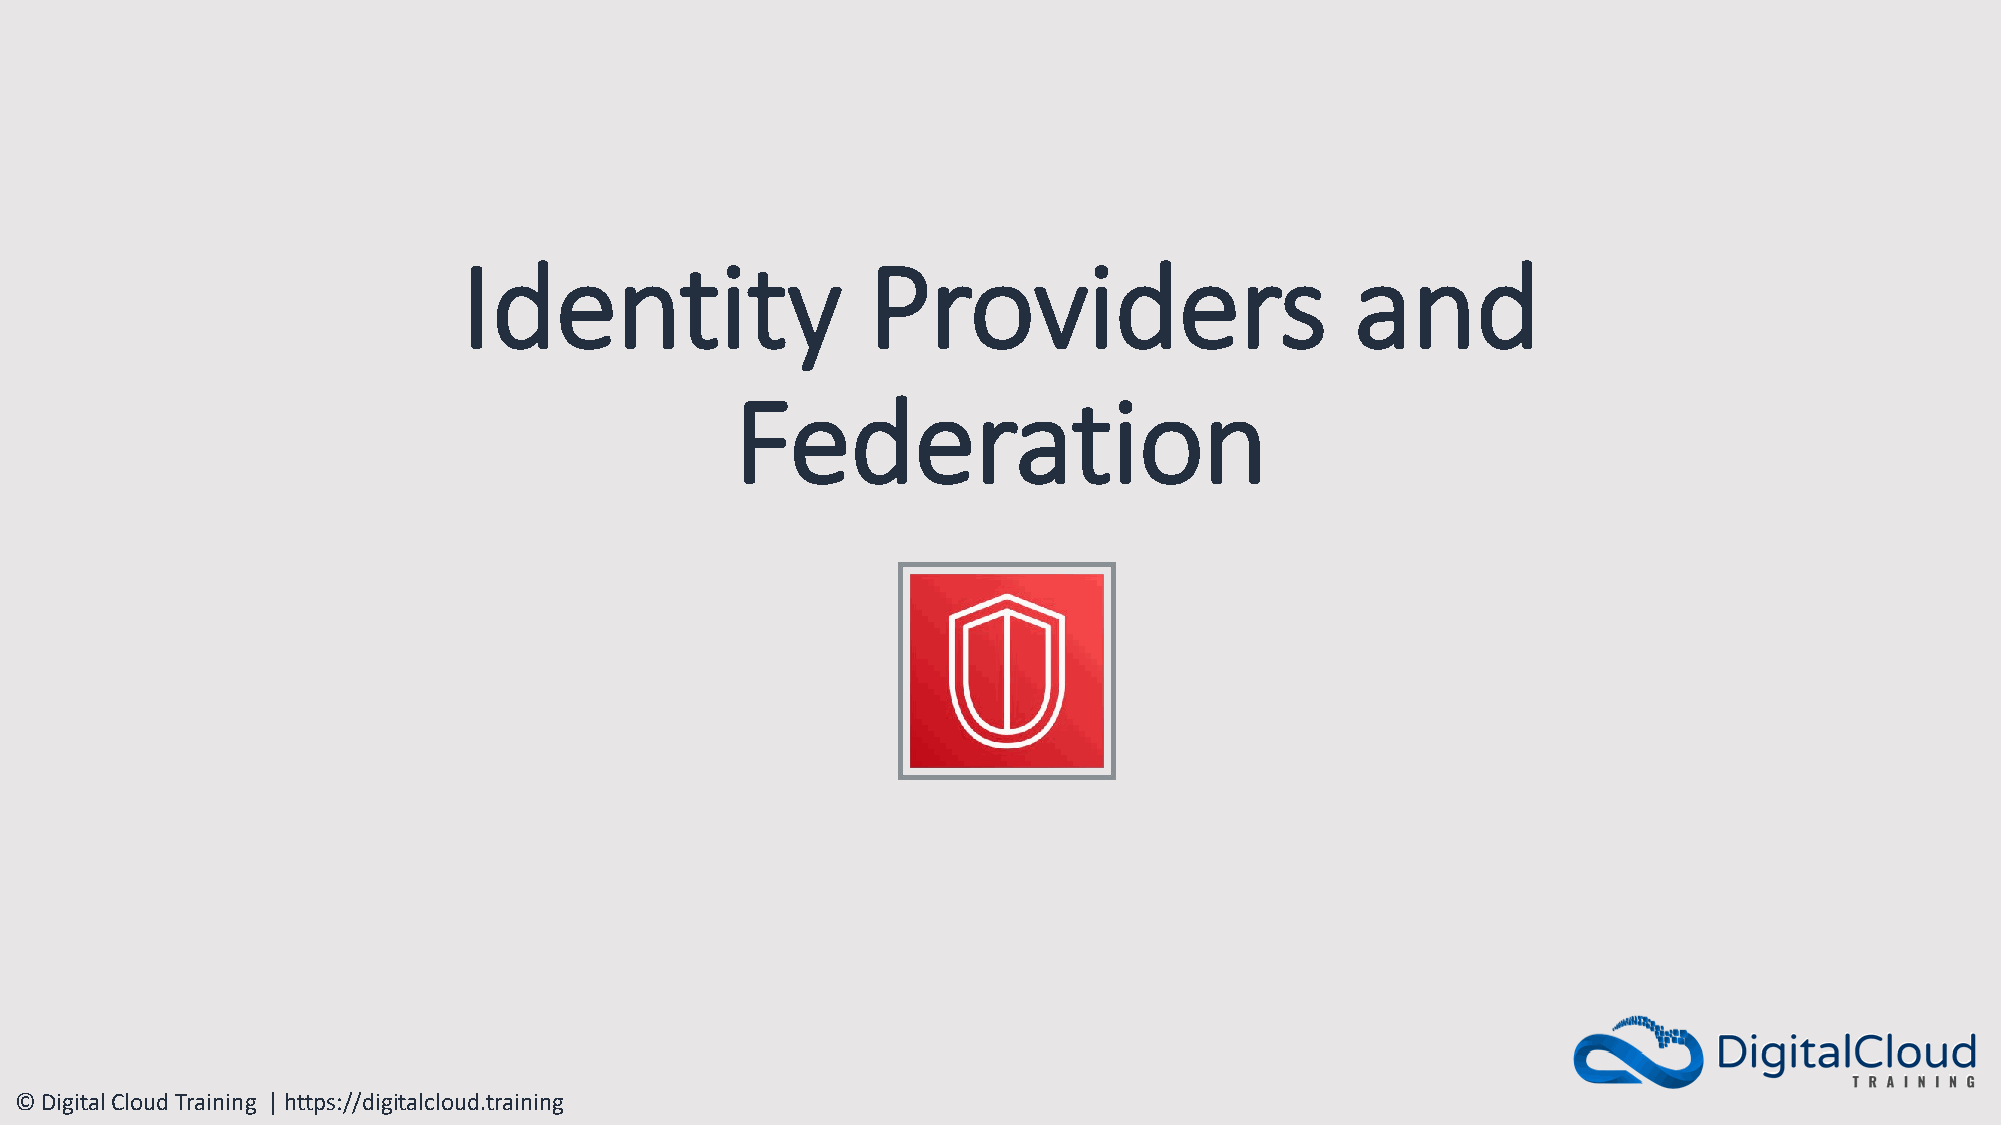
Identity                  Providers                        and
 Federation
 © Digital Cloud Training | https://digitalcloud.training